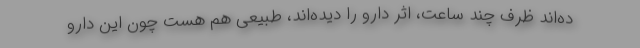
ده‌اند ظرف چند ساعت، اثر دارو را دیده‌اند، طبیعی هم هست چون این دارو